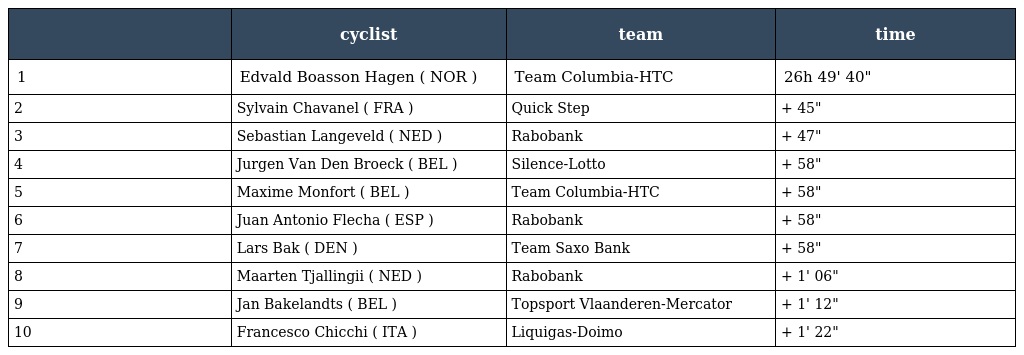
|  | cyclist | team | time |
 | --- | --- | --- | --- |
 | 1 | Edvald Boasson Hagen ( NOR ) | Team Columbia-HTC | 26h 49' 40" |
 | 2 | Sylvain Chavanel ( FRA ) | Quick Step | + 45" |
 | 3 | Sebastian Langeveld ( NED ) | Rabobank | + 47" |
 | 4 | Jurgen Van Den Broeck ( BEL ) | Silence-Lotto | + 58" |
 | 5 | Maxime Monfort ( BEL ) | Team Columbia-HTC | + 58" |
 | 6 | Juan Antonio Flecha ( ESP ) | Rabobank | + 58" |
 | 7 | Lars Bak ( DEN ) | Team Saxo Bank | + 58" |
 | 8 | Maarten Tjallingii ( NED ) | Rabobank | + 1' 06" |
 | 9 | Jan Bakelandts ( BEL ) | Topsport Vlaanderen-Mercator | + 1' 12" |
 | 10 | Francesco Chicchi ( ITA ) | Liquigas-Doimo | + 1' 22" |